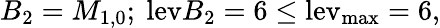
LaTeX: B_{2}=M_{1,0};~\mathrm{lev}{B_{2}}=6\le\mathrm{{lev}_{\mathrm{{max}}}=6,}